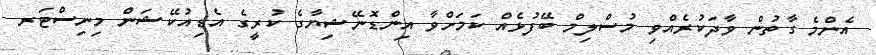
އެންމެ ގާތުން ވާދަކުރެއްވި މުސްލިމް ބޭފުޅެއް ކަމަށްވާ އިންޑޮނޭޝިޔާގެ ކުރީގެ އެޑިއުކޭޝަން މިނިސްޓަރ